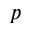
p